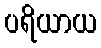
ပရိယာယ